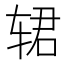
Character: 𰺈